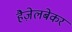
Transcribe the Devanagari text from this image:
हैज़ेलबेकर